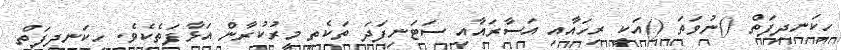
ހިކަނދިފަތް ()ނުވަތަ ()އަކީ ރިހައާއި އަސާރައާއި ސަޓަނިފަދަ ތަކެތި މީރުކުރާން އަޅާފަތެކެވެ. ހިކަނދިފަތް